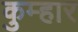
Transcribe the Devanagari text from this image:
कुम्‍हार